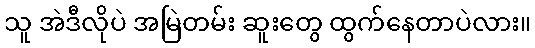
သူ အဲဒီလိုပဲ အမြဲတမ်း ဆူးတွေ ထွက်နေတာပဲလား။